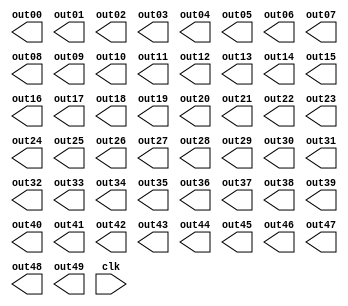
`timescale 1ns / 1ps
/*
Name : Faraaz Kakiwala
Roll Number : 201501043	
LA - Inverse Matrix Verilog code
*/

module Matrix_Inverse(out00, out01, out02, out03, out04, out05, out06, out07, out08, out09, out10, out11, out12, out13, out14, out15, out16, out17, out18, out19,out20, out21, out22, out23, out24, out25, out26, out27, out28, out29, out30, out31, out32, out33, out34, out35, out36, out37, out38, out39, out40, out41, out42, out43, out44, out45, out46, out47, out48, out49, clk);

output reg signed [31:0] out00, out01, out02, out03, out04, out05, out06, out07, out08, out09;
output reg signed [31:0] out10, out11, out12, out13, out14, out15, out16, out17, out18, out19;
output reg signed [31:0] out20, out21, out22, out23, out24, out25, out26, out27, out28, out29;
output reg signed [31:0] out30, out31, out32, out33, out34, out35, out36, out37, out38, out39;
output reg signed [31:0] out40, out41, out42, out43, out44, out45, out46, out47, out48, out49;

input clk;

reg signed [31:0] Matrix[49:0];

initial
begin    
        Matrix[0] <= 1; 
        Matrix[1] <= 0; 
        Matrix[2] <= 0; 
        Matrix[3] <= 0; 
        Matrix[4] <= 1; 
        Matrix[5] <= 1; 
        Matrix[6] <= 0; 
        Matrix[7] <= 0; 
        Matrix[8] <= 0; 
        Matrix[9] <= 0;
        Matrix[10] <= 0; 
        Matrix[11] <= 1; 
        Matrix[12] <= 3; 
        Matrix[13] <= 0; 
        Matrix[14] <= 0; 
        Matrix[15] <= 0; 
        Matrix[16] <= 1; 
        Matrix[17] <= 0; 
        Matrix[18] <= 0; 
        Matrix[19] <= 0;
        Matrix[20] <= 0; 
        Matrix[21] <= 0; 
        Matrix[22] <= 1; 
        Matrix[23] <= 0; 
        Matrix[24] <= 0; 
        Matrix[25] <= 0; 
        Matrix[26] <= 0; 
        Matrix[27] <= 1; 
        Matrix[28] <= 0; 
        Matrix[29] <= 0;
        Matrix[30] <= 0; 
        Matrix[31] <= 1; 
        Matrix[32] <= 0; 
        Matrix[33] <= 1; 
        Matrix[34] <= 0; 
        Matrix[35] <= 0; 
        Matrix[36] <= 0; 
        Matrix[37] <= 0; 
        Matrix[38] <= 1; 
        Matrix[39] <= 0;
        Matrix[40] <= 0; 
        Matrix[41] <= 0; 
        Matrix[42] <= 0; 
        Matrix[43] <= 0; 
        Matrix[44] <= 1; 
        Matrix[45] <= 0; 
        Matrix[46] <= 0; 
        Matrix[47] <= 0; 
        Matrix[48] <= 0; 
        Matrix[49] <= 1;        

end

always@(posedge clk)
begin    
    if(Matrix[0] == 0)
    begin
        if(Matrix[10] == 0)
        begin
            if(Matrix[20] == 0)
            begin
                if(Matrix[30] == 0)
                begin
                    if(Matrix[40] == 0)
                    begin
								// Matrix Not Invertible
                    end
                    else
                    begin
                        Matrix[00] <= Matrix[40];
                        Matrix[01] <= Matrix[41];
                        Matrix[02] <= Matrix[42];
                        Matrix[03] <= Matrix[43];
                        Matrix[04] <= Matrix[44];
                        Matrix[05] <= Matrix[45];
                        Matrix[06] <= Matrix[46];
                        Matrix[07] <= Matrix[47];
                        Matrix[08] <= Matrix[48];
                        Matrix[09] <= Matrix[49];
                        
                        Matrix[40] <= Matrix[00];
                        Matrix[41] <= Matrix[01];
                        Matrix[42] <= Matrix[02];
                        Matrix[43] <= Matrix[03];
                        Matrix[44] <= Matrix[04];
                        Matrix[45] <= Matrix[05];
                        Matrix[46] <= Matrix[06];
                        Matrix[47] <= Matrix[07];
                        Matrix[48] <= Matrix[08];
                        Matrix[49] <= Matrix[09];
                    end
                end
                else
                begin
                        Matrix[00] <= Matrix[30];
                        Matrix[01] <= Matrix[31];
                        Matrix[02] <= Matrix[32];
                        Matrix[03] <= Matrix[33];
                        Matrix[04] <= Matrix[34];
                        Matrix[05] <= Matrix[35];
                        Matrix[06] <= Matrix[36];
                        Matrix[07] <= Matrix[37];
                        Matrix[08] <= Matrix[38];
                        Matrix[09] <= Matrix[39];
                        
                        Matrix[30] <= Matrix[00];
                        Matrix[31] <= Matrix[01];
                        Matrix[32] <= Matrix[02];
                        Matrix[33] <= Matrix[03];
                        Matrix[34] <= Matrix[04];
                        Matrix[35] <= Matrix[05];
                        Matrix[36] <= Matrix[06];
                        Matrix[37] <= Matrix[07];
                        Matrix[38] <= Matrix[08];
                        Matrix[39] <= Matrix[09];                
                end
            end
            else
            begin
                        Matrix[00] <= Matrix[20];
                        Matrix[01] <= Matrix[21];
                        Matrix[02] <= Matrix[22];
                        Matrix[03] <= Matrix[23];
                        Matrix[04] <= Matrix[24];
                        Matrix[05] <= Matrix[25];
                        Matrix[06] <= Matrix[26];
                        Matrix[07] <= Matrix[27];
                        Matrix[08] <= Matrix[28];
                        Matrix[09] <= Matrix[29];
                        
                        Matrix[20] <= Matrix[00];
                        Matrix[21] <= Matrix[01];
                        Matrix[22] <= Matrix[02];
                        Matrix[23] <= Matrix[03];
                        Matrix[24] <= Matrix[04];
                        Matrix[25] <= Matrix[05];
                        Matrix[26] <= Matrix[06];
                        Matrix[27] <= Matrix[07];
                        Matrix[28] <= Matrix[08];
                        Matrix[29] <= Matrix[09];            
            end
        end
        else
        begin
                        Matrix[00] <= Matrix[10];
                        Matrix[01] <= Matrix[11];
                        Matrix[02] <= Matrix[12];
                        Matrix[03] <= Matrix[13];
                        Matrix[04] <= Matrix[14];
                        Matrix[05] <= Matrix[15];
                        Matrix[06] <= Matrix[16];
                        Matrix[07] <= Matrix[17];
                        Matrix[08] <= Matrix[18];
                        Matrix[09] <= Matrix[19];
                        
                        Matrix[10] <= Matrix[00];
                        Matrix[11] <= Matrix[01];
                        Matrix[12] <= Matrix[02];
                        Matrix[13] <= Matrix[03];
                        Matrix[14] <= Matrix[04];
                        Matrix[15] <= Matrix[05];
                        Matrix[16] <= Matrix[06];
                        Matrix[17] <= Matrix[07];
                        Matrix[18] <= Matrix[08];
                        Matrix[19] <= Matrix[09];        
        end
    end    
    
    if(Matrix[10] != 0)
    begin
		 Matrix[10] <= Matrix[10] * Matrix[00] - Matrix[00] * Matrix[10];
		 Matrix[11] <= Matrix[11] * Matrix[00] - Matrix[01] * Matrix[10];
		 Matrix[12] <= Matrix[12] * Matrix[00] - Matrix[02] * Matrix[10];
		 Matrix[13] <= Matrix[13] * Matrix[00] - Matrix[03] * Matrix[10];
		 Matrix[14] <= Matrix[14] * Matrix[00] - Matrix[04] * Matrix[10];
		 Matrix[15] <= Matrix[15] * Matrix[00] - Matrix[05] * Matrix[10];
		 Matrix[16] <= Matrix[16] * Matrix[00] - Matrix[06] * Matrix[10];
		 Matrix[17] <= Matrix[17] * Matrix[00] - Matrix[07] * Matrix[10];
		 Matrix[18] <= Matrix[18] * Matrix[00] - Matrix[08] * Matrix[10];
		 Matrix[19] <= Matrix[19] * Matrix[00] - Matrix[09] * Matrix[10];
    end
    
    if(Matrix[20] != 0)
    begin
			 Matrix[20] <= Matrix[20] * Matrix[00] - Matrix[00] * Matrix[20];
			 Matrix[21] <= Matrix[21] * Matrix[00] - Matrix[01] * Matrix[20];
			 Matrix[22] <= Matrix[22] * Matrix[00] - Matrix[02] * Matrix[20];
			 Matrix[23] <= Matrix[23] * Matrix[00] - Matrix[03] * Matrix[20];
			 Matrix[24] <= Matrix[24] * Matrix[00] - Matrix[04] * Matrix[20];
			 Matrix[25] <= Matrix[25] * Matrix[00] - Matrix[05] * Matrix[20];
			 Matrix[26] <= Matrix[26] * Matrix[00] - Matrix[06] * Matrix[20];
			 Matrix[27] <= Matrix[27] * Matrix[00] - Matrix[07] * Matrix[20];
			 Matrix[28] <= Matrix[28] * Matrix[00] - Matrix[08] * Matrix[20];
			 Matrix[29] <= Matrix[29] * Matrix[00] - Matrix[09] * Matrix[20];
    end
    
    if(Matrix[30] != 0)
    begin
		 Matrix[30] <= Matrix[30] * Matrix[00] - Matrix[00] * Matrix[30];
		 Matrix[31] <= Matrix[31] * Matrix[00] - Matrix[01] * Matrix[30];
		 Matrix[32] <= Matrix[32] * Matrix[00] - Matrix[02] * Matrix[30];
		 Matrix[33] <= Matrix[33] * Matrix[00] - Matrix[03] * Matrix[30];
		 Matrix[34] <= Matrix[34] * Matrix[00] - Matrix[04] * Matrix[30];
		 Matrix[35] <= Matrix[35] * Matrix[00] - Matrix[05] * Matrix[30];
		 Matrix[36] <= Matrix[36] * Matrix[00] - Matrix[06] * Matrix[30];
		 Matrix[37] <= Matrix[37] * Matrix[00] - Matrix[07] * Matrix[30];
		 Matrix[38] <= Matrix[38] * Matrix[00] - Matrix[08] * Matrix[30];
		 Matrix[39] <= Matrix[39] * Matrix[00] - Matrix[09] * Matrix[30];
    end
    
    if(Matrix[40] != 0)
    begin
		 Matrix[40] <= Matrix[40] * Matrix[00] - Matrix[00] * Matrix[40];
		 Matrix[41] <= Matrix[41] * Matrix[00] - Matrix[01] * Matrix[40];
		 Matrix[42] <= Matrix[42] * Matrix[00] - Matrix[02] * Matrix[40];
		 Matrix[43] <= Matrix[43] * Matrix[00] - Matrix[03] * Matrix[40];
		 Matrix[44] <= Matrix[44] * Matrix[00] - Matrix[04] * Matrix[40];
		 Matrix[45] <= Matrix[45] * Matrix[00] - Matrix[05] * Matrix[40];
		 Matrix[46] <= Matrix[46] * Matrix[00] - Matrix[06] * Matrix[40];
		 Matrix[47] <= Matrix[47] * Matrix[00] - Matrix[07] * Matrix[40];
		 Matrix[48] <= Matrix[48] * Matrix[00] - Matrix[08] * Matrix[40];
		 Matrix[49] <= Matrix[49] * Matrix[00] - Matrix[09] * Matrix[40];
    end
    
    if(Matrix[11] == 0)
    begin
        if(Matrix[21] == 0)
        begin
            if(Matrix[31] == 0)
            begin
                if(Matrix[41] == 0)
                begin
						// Matrix Not Invertible
                end
                else
                begin
                        Matrix[10] <= Matrix[40];
                        Matrix[11] <= Matrix[41];
                        Matrix[12] <= Matrix[42];
                        Matrix[13] <= Matrix[43];
                        Matrix[14] <= Matrix[44];
                        Matrix[15] <= Matrix[45];
                        Matrix[16] <= Matrix[46];
                        Matrix[17] <= Matrix[47];
                        Matrix[18] <= Matrix[48];
                        Matrix[19] <= Matrix[49];
                        
                        Matrix[40] <= Matrix[10];
                        Matrix[41] <= Matrix[11];
                        Matrix[42] <= Matrix[12];
                        Matrix[43] <= Matrix[13];
                        Matrix[44] <= Matrix[14];
                        Matrix[45] <= Matrix[15];
                        Matrix[46] <= Matrix[16];
                        Matrix[47] <= Matrix[17];
                        Matrix[48] <= Matrix[18];
                        Matrix[49] <= Matrix[19];                    
                end
            end
            else
            begin
                        Matrix[10] <= Matrix[30];
                        Matrix[11] <= Matrix[31];
                        Matrix[12] <= Matrix[32];
                        Matrix[13] <= Matrix[33];
                        Matrix[14] <= Matrix[34];
                        Matrix[15] <= Matrix[35];
                        Matrix[16] <= Matrix[36];
                        Matrix[17] <= Matrix[37];
                        Matrix[18] <= Matrix[38];
                        Matrix[19] <= Matrix[39];
                        
                        Matrix[30] <= Matrix[10];
                        Matrix[31] <= Matrix[11];
                        Matrix[32] <= Matrix[12];
                        Matrix[33] <= Matrix[13];
                        Matrix[34] <= Matrix[14];
                        Matrix[35] <= Matrix[15];
                        Matrix[36] <= Matrix[16];
                        Matrix[37] <= Matrix[17];
                        Matrix[38] <= Matrix[18];
                        Matrix[39] <= Matrix[19];                
            end
        end
        else
        begin
                        Matrix[10] <= Matrix[20];
                        Matrix[11] <= Matrix[21];
                        Matrix[12] <= Matrix[22];
                        Matrix[13] <= Matrix[23];
                        Matrix[14] <= Matrix[24];
                        Matrix[15] <= Matrix[25];
                        Matrix[16] <= Matrix[26];
                        Matrix[17] <= Matrix[27];
                        Matrix[18] <= Matrix[28];
                        Matrix[19] <= Matrix[29];
                        
                        Matrix[20] <= Matrix[10];
                        Matrix[21] <= Matrix[11];
                        Matrix[22] <= Matrix[12];
                        Matrix[23] <= Matrix[13];
                        Matrix[24] <= Matrix[14];
                        Matrix[25] <= Matrix[15];
                        Matrix[26] <= Matrix[16];
                        Matrix[27] <= Matrix[17];
                        Matrix[28] <= Matrix[18];
                        Matrix[29] <= Matrix[19];        
        end
    end
    
    if(Matrix[21] != 0)
    begin
		 Matrix[20] <= Matrix[20] * Matrix[11] - Matrix[10] * Matrix[21];
		 Matrix[21] <= Matrix[21] * Matrix[11] - Matrix[11] * Matrix[21];
		 Matrix[22] <= Matrix[22] * Matrix[11] - Matrix[12] * Matrix[21];
		 Matrix[23] <= Matrix[23] * Matrix[11] - Matrix[13] * Matrix[21];
		 Matrix[24] <= Matrix[24] * Matrix[11] - Matrix[14] * Matrix[21];
		 Matrix[25] <= Matrix[25] * Matrix[11] - Matrix[15] * Matrix[21];
		 Matrix[26] <= Matrix[26] * Matrix[11] - Matrix[16] * Matrix[21];
		 Matrix[27] <= Matrix[27] * Matrix[11] - Matrix[17] * Matrix[21];
		 Matrix[28] <= Matrix[28] * Matrix[11] - Matrix[18] * Matrix[21];
		 Matrix[29] <= Matrix[29] * Matrix[11] - Matrix[19] * Matrix[21];
    end
    
    if(Matrix[31] != 0)
    begin
		 Matrix[30] <= Matrix[30] * Matrix[11] - Matrix[10] * Matrix[31];
		 Matrix[31] <= Matrix[31] * Matrix[11] - Matrix[11] * Matrix[31];
		 Matrix[32] <= Matrix[32] * Matrix[11] - Matrix[12] * Matrix[31];
		 Matrix[33] <= Matrix[33] * Matrix[11] - Matrix[13] * Matrix[31];
		 Matrix[34] <= Matrix[34] * Matrix[11] - Matrix[14] * Matrix[31];
		 Matrix[35] <= Matrix[35] * Matrix[11] - Matrix[15] * Matrix[31];
		 Matrix[36] <= Matrix[36] * Matrix[11] - Matrix[16] * Matrix[31];
		 Matrix[37] <= Matrix[37] * Matrix[11] - Matrix[17] * Matrix[31];
		 Matrix[38] <= Matrix[38] * Matrix[11] - Matrix[18] * Matrix[31];
		 Matrix[39] <= Matrix[39] * Matrix[11] - Matrix[19] * Matrix[31];
    end
    
    if(Matrix[41] != 0)
    begin
		 Matrix[40] <= Matrix[40] * Matrix[11] - Matrix[10] * Matrix[41];
		 Matrix[41] <= Matrix[41] * Matrix[11] - Matrix[11] * Matrix[41];
		 Matrix[42] <= Matrix[42] * Matrix[11] - Matrix[12] * Matrix[41];
		 Matrix[43] <= Matrix[43] * Matrix[11] - Matrix[13] * Matrix[41];
		 Matrix[44] <= Matrix[44] * Matrix[11] - Matrix[14] * Matrix[41];
		 Matrix[45] <= Matrix[45] * Matrix[11] - Matrix[15] * Matrix[41];
		 Matrix[46] <= Matrix[46] * Matrix[11] - Matrix[16] * Matrix[41];
		 Matrix[47] <= Matrix[47] * Matrix[11] - Matrix[17] * Matrix[41];
		 Matrix[48] <= Matrix[48] * Matrix[11] - Matrix[18] * Matrix[41];
		 Matrix[49] <= Matrix[49] * Matrix[11] - Matrix[19] * Matrix[41];
    end    
    
    if(Matrix[22] == 0)
    begin
        if(Matrix[32] == 0)
        begin
            if(Matrix[42] == 0)
            begin
				// Matrix Not Invertible
            end
            else
            begin
                        Matrix[20] <= Matrix[40];
                        Matrix[21] <= Matrix[41];
                        Matrix[22] <= Matrix[42];
                        Matrix[23] <= Matrix[43];
                        Matrix[24] <= Matrix[44];
                        Matrix[25] <= Matrix[45];
                        Matrix[26] <= Matrix[46];
                        Matrix[27] <= Matrix[47];
                        Matrix[28] <= Matrix[48];
                        Matrix[29] <= Matrix[49];
                        
                        Matrix[40] <= Matrix[20];
                        Matrix[41] <= Matrix[21];
                        Matrix[42] <= Matrix[22];
                        Matrix[43] <= Matrix[23];
                        Matrix[44] <= Matrix[24];
                        Matrix[45] <= Matrix[25];
                        Matrix[46] <= Matrix[26];
                        Matrix[47] <= Matrix[27];
                        Matrix[48] <= Matrix[28];
                        Matrix[49] <= Matrix[29];                
            end
        end
        else
        begin
				Matrix[20] <= Matrix[30];
            Matrix[21] <= Matrix[31];
            Matrix[22] <= Matrix[32];
            Matrix[23] <= Matrix[33];
            Matrix[24] <= Matrix[34];
            Matrix[25] <= Matrix[35];
            Matrix[26] <= Matrix[36];
            Matrix[27] <= Matrix[37];
            Matrix[28] <= Matrix[38];
            Matrix[29] <= Matrix[39];
                     
            Matrix[30] <= Matrix[20];
            Matrix[31] <= Matrix[21];
            Matrix[32] <= Matrix[22];
            Matrix[33] <= Matrix[23];
            Matrix[34] <= Matrix[24];
            Matrix[35] <= Matrix[25];
            Matrix[36] <= Matrix[26];
            Matrix[37] <= Matrix[27];
            Matrix[38] <= Matrix[28];
            Matrix[39] <= Matrix[29];                    
        end
    end
    
    
    
    if(Matrix[32] != 0)
    begin
		 Matrix[30] <= Matrix[30] * Matrix[22] - Matrix[20] * Matrix[32];
		 Matrix[31] <= Matrix[31] * Matrix[22] - Matrix[21] * Matrix[32];
		 Matrix[32] <= Matrix[32] * Matrix[22] - Matrix[22] * Matrix[32];
		 Matrix[33] <= Matrix[33] * Matrix[22] - Matrix[23] * Matrix[32];
		 Matrix[34] <= Matrix[34] * Matrix[22] - Matrix[24] * Matrix[32];
		 Matrix[35] <= Matrix[35] * Matrix[22] - Matrix[25] * Matrix[32];
		 Matrix[36] <= Matrix[36] * Matrix[22] - Matrix[26] * Matrix[32];
		 Matrix[37] <= Matrix[37] * Matrix[22] - Matrix[27] * Matrix[32];
		 Matrix[38] <= Matrix[38] * Matrix[22] - Matrix[28] * Matrix[32];
		 Matrix[39] <= Matrix[39] * Matrix[22] - Matrix[29] * Matrix[32];
    end
    
    if(Matrix[42] != 0)
    begin
		 Matrix[40] <= Matrix[40] * Matrix[22] - Matrix[20] * Matrix[42];
		 Matrix[41] <= Matrix[41] * Matrix[22] - Matrix[21] * Matrix[42];
		 Matrix[42] <= Matrix[42] * Matrix[22] - Matrix[22] * Matrix[42];
		 Matrix[43] <= Matrix[43] * Matrix[22] - Matrix[23] * Matrix[42];
		 Matrix[44] <= Matrix[44] * Matrix[22] - Matrix[24] * Matrix[42];
		 Matrix[45] <= Matrix[45] * Matrix[22] - Matrix[25] * Matrix[42];
		 Matrix[46] <= Matrix[46] * Matrix[22] - Matrix[26] * Matrix[42];
		 Matrix[47] <= Matrix[47] * Matrix[22] - Matrix[27] * Matrix[42];
		 Matrix[48] <= Matrix[48] * Matrix[22] - Matrix[28] * Matrix[42];
		 Matrix[49] <= Matrix[49] * Matrix[22] - Matrix[29] * Matrix[42];
    end    

    if(Matrix[33] == 0)
    begin
        if(Matrix[43] == 0)
        begin
          //  Matrix Not Invertible
        end
        else
        begin
                        Matrix[30] <= Matrix[40];
                        Matrix[31] <= Matrix[41];
                        Matrix[32] <= Matrix[42];
                        Matrix[33] <= Matrix[43];
                        Matrix[34] <= Matrix[44];
                        Matrix[35] <= Matrix[45];
                        Matrix[36] <= Matrix[46];
                        Matrix[37] <= Matrix[47];
                        Matrix[38] <= Matrix[48];
                        Matrix[39] <= Matrix[49];
                        
                        Matrix[40] <= Matrix[30];
                        Matrix[41] <= Matrix[31];
                        Matrix[42] <= Matrix[32];
                        Matrix[43] <= Matrix[33];
                        Matrix[44] <= Matrix[34];
                        Matrix[45] <= Matrix[35];
                        Matrix[46] <= Matrix[36];
                        Matrix[47] <= Matrix[37];
                        Matrix[48] <= Matrix[38];
                        Matrix[49] <= Matrix[39];                
        end
    end
    
    if(Matrix[43] != 0)
    begin
		 Matrix[40] <= Matrix[40] * Matrix[33] - Matrix[30] * Matrix[43];
		 Matrix[41] <= Matrix[41] * Matrix[33] - Matrix[31] * Matrix[43];
		 Matrix[42] <= Matrix[42] * Matrix[33] - Matrix[32] * Matrix[43];
		 Matrix[43] <= Matrix[43] * Matrix[33] - Matrix[33] * Matrix[43];
		 Matrix[44] <= Matrix[44] * Matrix[33] - Matrix[34] * Matrix[43];
		 Matrix[45] <= Matrix[45] * Matrix[33] - Matrix[35] * Matrix[43];
		 Matrix[46] <= Matrix[46] * Matrix[33] - Matrix[36] * Matrix[43];
		 Matrix[47] <= Matrix[47] * Matrix[33] - Matrix[37] * Matrix[43];
		 Matrix[48] <= Matrix[48] * Matrix[33] - Matrix[38] * Matrix[43];
		 Matrix[49] <= Matrix[49] * Matrix[33] - Matrix[39] * Matrix[43];
    end    
    
    if(Matrix[44] == 0)
    begin
			// Matrix Not Invertible
    end
    else 
    begin
    Matrix[34] <= Matrix[34] * Matrix[44] - Matrix[34] * Matrix[44];
    Matrix[35] <= Matrix[35] * Matrix[44] - Matrix[34] * Matrix[45];
    Matrix[36] <= Matrix[36] * Matrix[44] - Matrix[34] * Matrix[46];
    Matrix[37] <= Matrix[37] * Matrix[44] - Matrix[34] * Matrix[47];
    Matrix[38] <= Matrix[38] * Matrix[44] - Matrix[34] * Matrix[48];
    Matrix[39] <= Matrix[39] * Matrix[44] - Matrix[34] * Matrix[49];
    
    Matrix[24] <= Matrix[24] * Matrix[44] - Matrix[24] * Matrix[44];
    Matrix[25] <= Matrix[25] * Matrix[44] - Matrix[24] * Matrix[45];
    Matrix[26] <= Matrix[26] * Matrix[44] - Matrix[24] * Matrix[46];
    Matrix[27] <= Matrix[27] * Matrix[44] - Matrix[24] * Matrix[47];
    Matrix[28] <= Matrix[28] * Matrix[44] - Matrix[24] * Matrix[48];
    Matrix[29] <= Matrix[29] * Matrix[44] - Matrix[24] * Matrix[49];
    
    Matrix[14] <= Matrix[14] * Matrix[44] - Matrix[14] * Matrix[44];
    Matrix[15] <= Matrix[15] * Matrix[44] - Matrix[14] * Matrix[45];
    Matrix[16] <= Matrix[16] * Matrix[44] - Matrix[14] * Matrix[46];
    Matrix[17] <= Matrix[17] * Matrix[44] - Matrix[14] * Matrix[47];
    Matrix[18] <= Matrix[18] * Matrix[44] - Matrix[14] * Matrix[48];
    Matrix[19] <= Matrix[19] * Matrix[44] - Matrix[14] * Matrix[49];
    
    Matrix[04] <= Matrix[04] * Matrix[44] - Matrix[04] * Matrix[44];
    Matrix[05] <= Matrix[05] * Matrix[44] - Matrix[04] * Matrix[45];
    Matrix[06] <= Matrix[06] * Matrix[44] - Matrix[04] * Matrix[46];
    Matrix[07] <= Matrix[07] * Matrix[44] - Matrix[04] * Matrix[47];
    Matrix[08] <= Matrix[08] * Matrix[44] - Matrix[04] * Matrix[48];
    Matrix[09] <= Matrix[09] * Matrix[44] - Matrix[04] * Matrix[49];
    
    end
    if(Matrix[33]==0)
    begin
      //  Inverse doesnot excist
    end
    else
    begin
    Matrix[23] <= Matrix[23] * Matrix[33] - Matrix[23] * Matrix[33];
    Matrix[24] <= Matrix[24] * Matrix[33] - Matrix[23] * Matrix[34];
    Matrix[25] <= Matrix[25] * Matrix[33] - Matrix[23] * Matrix[35];
    Matrix[26] <= Matrix[26] * Matrix[33] - Matrix[23] * Matrix[36];
    Matrix[27] <= Matrix[27] * Matrix[33] - Matrix[23] * Matrix[37];
    Matrix[28] <= Matrix[28] * Matrix[33] - Matrix[23] * Matrix[38];
    Matrix[29] <= Matrix[29] * Matrix[33] - Matrix[23] * Matrix[39];
    
    Matrix[13] <= Matrix[13] * Matrix[33] - Matrix[13] * Matrix[33];
    Matrix[14] <= Matrix[14] * Matrix[33] - Matrix[13] * Matrix[34];
    Matrix[15] <= Matrix[15] * Matrix[33] - Matrix[13] * Matrix[35];
    Matrix[16] <= Matrix[16] * Matrix[33] - Matrix[13] * Matrix[36];
    Matrix[17] <= Matrix[17] * Matrix[33] - Matrix[13] * Matrix[37];
    Matrix[18] <= Matrix[18] * Matrix[33] - Matrix[13] * Matrix[38];
    Matrix[19] <= Matrix[19] * Matrix[33] - Matrix[13] * Matrix[39];
    
    Matrix[03] <= Matrix[03] * Matrix[33] - Matrix[03] * Matrix[33];
    Matrix[04] <= Matrix[04] * Matrix[33] - Matrix[03] * Matrix[34];
    Matrix[05] <= Matrix[05] * Matrix[33] - Matrix[03] * Matrix[35];
    Matrix[06] <= Matrix[06] * Matrix[33] - Matrix[03] * Matrix[36];
    Matrix[07] <= Matrix[07] * Matrix[33] - Matrix[03] * Matrix[37];
    Matrix[08] <= Matrix[08] * Matrix[33] - Matrix[03] * Matrix[38];
    Matrix[09] <= Matrix[09] * Matrix[33] - Matrix[03] * Matrix[39];
    end
    
    if(Matrix[22]==0)
    begin
        //Inverse does not exist
    end
    else
    begin
    Matrix[12] <= Matrix[12] * Matrix[22] - Matrix[12] * Matrix[22];
    Matrix[13] <= Matrix[13] * Matrix[22] - Matrix[12] * Matrix[23];
    Matrix[14] <= Matrix[14] * Matrix[22] - Matrix[12] * Matrix[24];
    Matrix[15] <= Matrix[15] * Matrix[22] - Matrix[12] * Matrix[25];
    Matrix[16] <= Matrix[16] * Matrix[22] - Matrix[12] * Matrix[26];
    Matrix[17] <= Matrix[17] * Matrix[22] - Matrix[12] * Matrix[27];
    Matrix[18] <= Matrix[18] * Matrix[22] - Matrix[12] * Matrix[28];
    Matrix[19] <= Matrix[19] * Matrix[22] - Matrix[12] * Matrix[29];
    
    Matrix[02] <= Matrix[02] * Matrix[22] - Matrix[02] * Matrix[22];
    Matrix[03] <= Matrix[03] * Matrix[22] - Matrix[02] * Matrix[23];
    Matrix[04] <= Matrix[04] * Matrix[22] - Matrix[02] * Matrix[24];
    Matrix[05] <= Matrix[05] * Matrix[22] - Matrix[02] * Matrix[25];
    Matrix[06] <= Matrix[06] * Matrix[22] - Matrix[02] * Matrix[26];
    Matrix[07] <= Matrix[07] * Matrix[22] - Matrix[02] * Matrix[27];
    Matrix[08] <= Matrix[08] * Matrix[22] - Matrix[02] * Matrix[28];
    Matrix[09] <= Matrix[09] * Matrix[22] - Matrix[02] * Matrix[29];
   end
    
  if(Matrix[11]==0)
    begin
        //Inverse does not exist
    end
    else
    begin
    Matrix[01] <= Matrix[01] * Matrix[11] - Matrix[01] * Matrix[11];
    Matrix[02] <= Matrix[02] * Matrix[11] - Matrix[01] * Matrix[12];
    Matrix[03] <= Matrix[03] * Matrix[11] - Matrix[01] * Matrix[13];
    Matrix[04] <= Matrix[04] * Matrix[11] - Matrix[01] * Matrix[14];
    Matrix[05] <= Matrix[05] * Matrix[11] - Matrix[01] * Matrix[15];
    Matrix[06] <= Matrix[06] * Matrix[11] - Matrix[01] * Matrix[16];
    Matrix[07] <= Matrix[07] * Matrix[11] - Matrix[01] * Matrix[17];
    Matrix[08] <= Matrix[08] * Matrix[11] - Matrix[01] * Matrix[18];
    Matrix[09] <= Matrix[09] * Matrix[11] - Matrix[01] * Matrix[19];
    end

end

endmodule